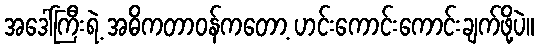
အဒေါ်ကြီးရဲ့ အဓိကတာဝန်ကတော့ ဟင်းကောင်းကောင်းချက်ဖို့ပဲ။